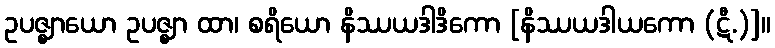
ဥပဇ္ဈာယော ဥပဇ္ဈာ ထာ၊ စရိယော နိဿယဒါဒိကော [နိဿယဒါယကော (ဋီ.)]။